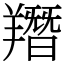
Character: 䍼